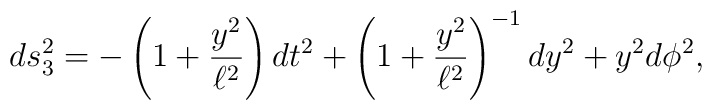
ds^2_3 = - \left(1 + \frac{y^2}{\ell^2} \right) dt^2 + \left(1 + \frac{y^2}{\ell^2} \right)^{-1} dy^2 + y^2 d\phi^2,